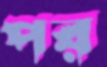
পর